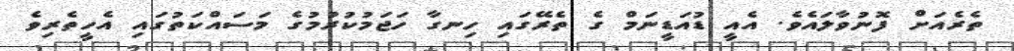
ތެރެއަށް ފޮނުވާލައެވެ. އެއީ ޑުއަޑީނަމް ގެ ތެރޭގައި ހިނގާ ހަޖަމުކުރުމުގެ މަސައްކަތުގައި އެހީތެރިވެ